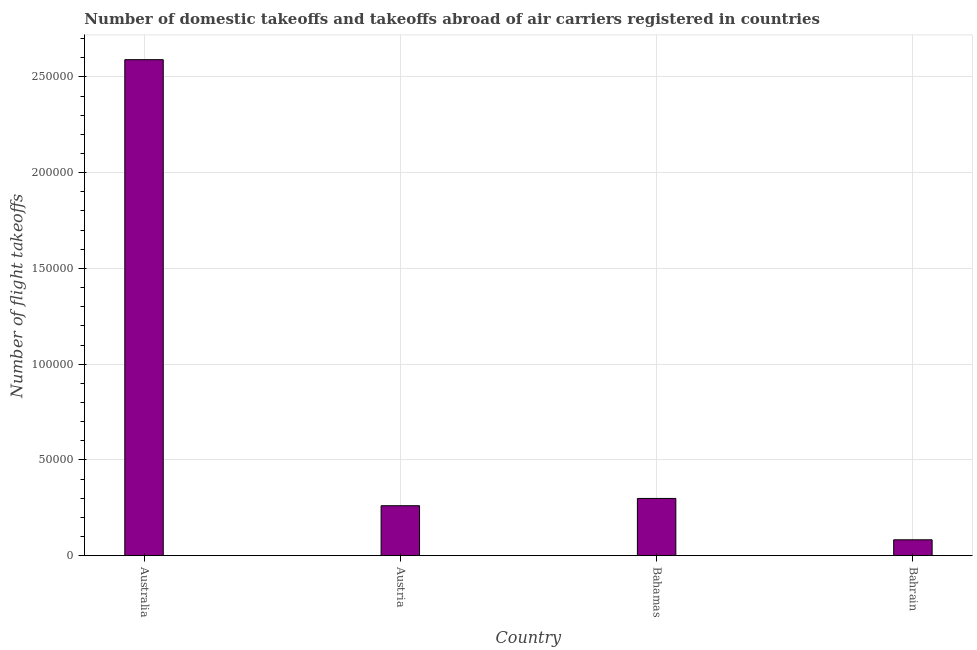
| Country | Air transport |
 | --- | --- |
 | Australia | 2.59e+05 |
 | Austria | 2.61e+04 |
 | Bahamas | 2.99e+04 |
 | Bahrain | 8.3e+03 |